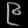
Digit: ၉